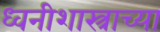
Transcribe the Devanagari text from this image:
ध्वनीशास्त्राच्या